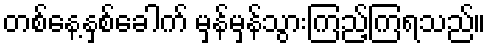
တစ်နေ့နှစ်ခေါက် မှန်မှန်သွားကြည့်ကြရသည်။